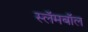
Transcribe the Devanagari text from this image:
स्लॅमबॉल